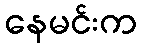
နေမင်းက